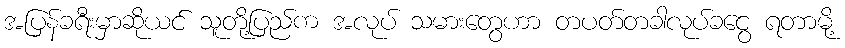
အပြန်ခရီးမှာဆိုယင် သူတို့ပြည်က အလုပ် သမားတွေဟာ တပတ်တခါလုပ်ခငွေ ရတာမို့